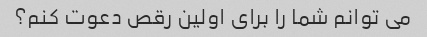
می توانم شما را برای اولین رقص دعوت کنم؟